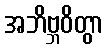
အဘိဗ္ဘဝိတွာ